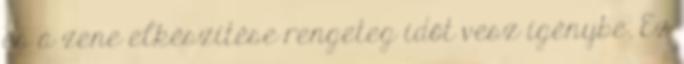
és a zene elkészítése rengeteg időt vesz igénybe. Ez